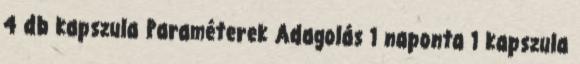
4 db kapszula Paraméterek Adagolás 1 naponta 1 kapszula